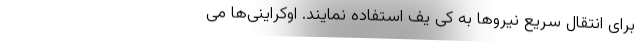
برای انتقال سریع نیرو‌ها به کی یف استفاده نمایند. اوکراینی‌ها می‌